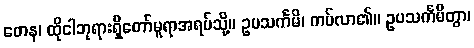
တေန၊ ထိုငါဘုရားရှိတော်မူရာအရပ်သို့။ ဥပသင်္ကမိ၊ ကပ်လာ၏။ ဥပသင်္ကမိတွာ၊